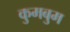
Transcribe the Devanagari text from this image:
कुमबुम